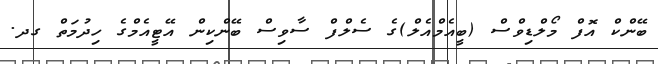
ބޭންކް އޮފް މޯލްޑިވްސް (ބީއެމްއެލް)ގެ ސެލްފް ސާވިސް ބޭންކިން އޭޓީއެމްގެ ހިދުމަތް ގދ.